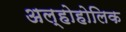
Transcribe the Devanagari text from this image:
अल्होहोलिक